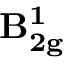
\mathbf { B _ { 2 g } ^ { 1 } }